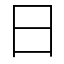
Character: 日